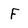
Character: F